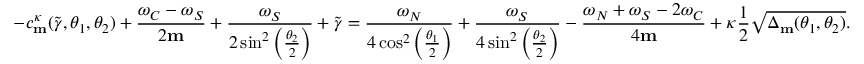
- c _ { \mathbf { m } } ^ { \kappa } ( \widetilde { \gamma } , \theta _ { 1 } , \theta _ { 2 } ) + \frac { \omega _ { C } - \omega _ { S } } { 2 \mathbf { m } } + \frac { \omega _ { S } } { 2 \sin ^ { 2 } \left( \frac { \theta _ { 2 } } { 2 } \right) } + \widetilde { \gamma } = \frac { \omega _ { N } } { 4 \cos ^ { 2 } \left( \frac { \theta _ { 1 } } { 2 } \right) } + \frac { \omega _ { S } } { 4 \sin ^ { 2 } \left( \frac { \theta _ { 2 } } { 2 } \right) } - \frac { \omega _ { N } + \omega _ { S } - 2 \omega _ { C } } { 4 \mathbf { m } } + \kappa \frac { 1 } { 2 } \sqrt { \Delta _ { \mathbf { m } } ( \theta _ { 1 } , \theta _ { 2 } ) } .